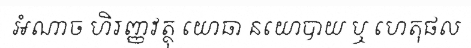
អំណាច ហិរញ្ញវត្ថុ យោធា នយោបាយ ឬ ហេតុផល